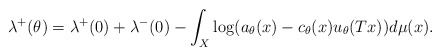
\begin{align*}\lambda\sp+(\theta)=\lambda\sp+(0)+\lambda\sp-(0)-\int_X\log(a_\theta(x)-c_\theta(x) u_\theta(Tx))d\mu(x).\end{align*}